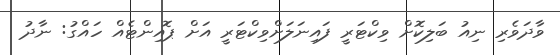
ވާދަވެރި ނިއު ބަލިކޮށް ވިކްޓަރީ ފައިނަލަށްވިކްޓަރީ އަށް ޕޮއިންޓެއް ހައްގު: ނާދު